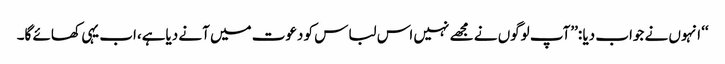
‘‘ انہوں نے جواب دیا :’’آپ لوگوں نے مجھے نہیں اس لباس کو دعوت میں آنے دیاہے،اب یہی کھائے گا۔